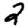
Digit: 2